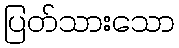
ပြတ်သားသော